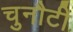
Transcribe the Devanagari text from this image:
चुनौटी